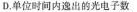
D.单位时间内逸出的光电子数